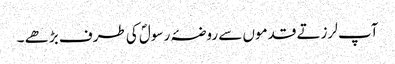
آپ لرزتے قدموں سے روضۂ رسولؐ کی طرف بڑھے ۔